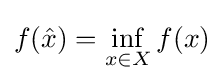
f({\hat {x}})=\inf _{x\in X}f(x)